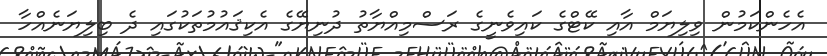
އެހެންކަމުން ވިލިޔަމް އާއި ކޭޓްގެ ކައިވެނީގެ ރަސްމިއްޔާތު ދުނިޔޭގެ އެކިޤައުމުތަކުގައި ދެ ބިލިޔަނެއްހާ